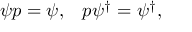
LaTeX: \psi p = \psi , \; \; \; p \psi ^ { \dagger } = \psi ^ { \dagger } ,